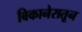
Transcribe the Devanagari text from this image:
बिकानेरातून